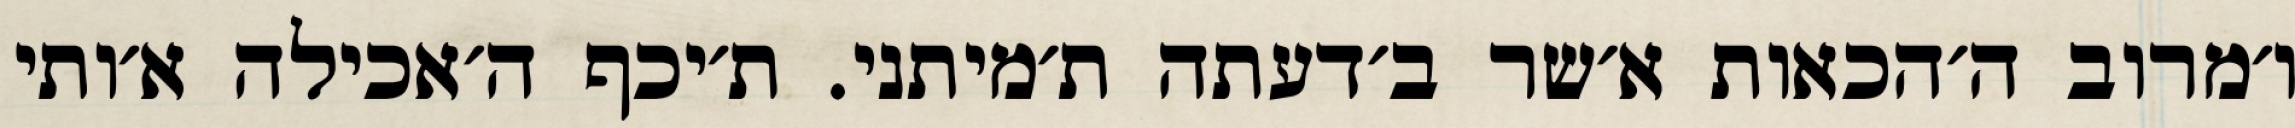
ו׳מרוב ה׳הכאות א׳שר ב׳דעתה ת׳מיתני. ת׳יכף ה׳אכילה א׳ותי